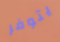
يتوفر